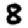
Digit: 8